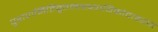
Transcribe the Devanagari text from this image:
पुराणमितिवृत्तमाख्यायिकोदाहरणं